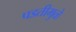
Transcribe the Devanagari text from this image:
पडतीमुळे